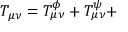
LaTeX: T _ { \mu \nu } = T _ { \mu \nu } ^ { \phi } + T _ { \mu \nu } ^ { \psi } +